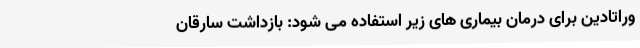
وراتادین برای درمان بیماری های زیر استفاده می شود: بازداشت سارقان